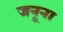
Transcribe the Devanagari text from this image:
जनूना